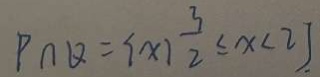
P \cap \theta = \{ x \vert \frac { 3 } { 2 } \leq x < 2 \}